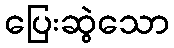
ပြေးဆွဲသော